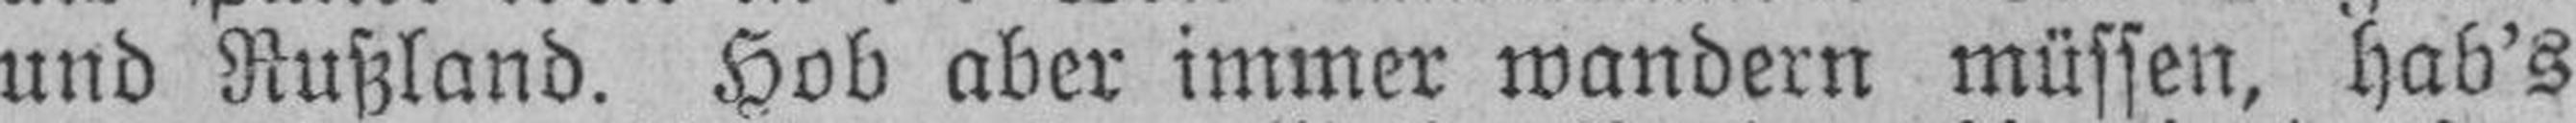
und Rußland. Hob aber immer wandern müssen, hab's